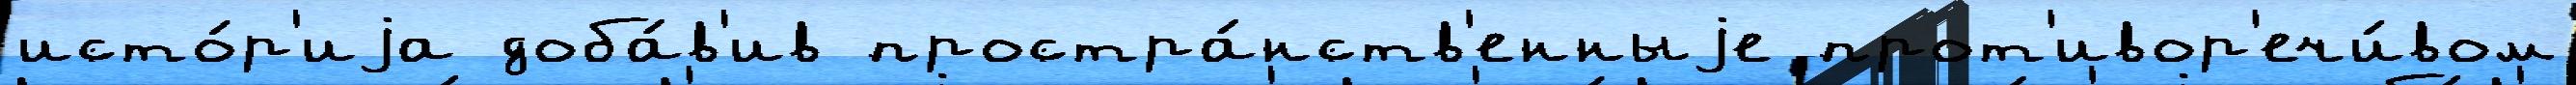
исто́р'иjа доба́в'ив простра́нств'енныjе прот'ивор'ечи́вом